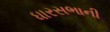
ધારસભાની